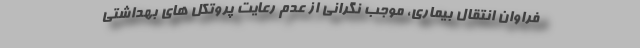
فراوان انتقال بیماری، موجب نگرانی از عدم رعایت پروتکل های بهداشتی